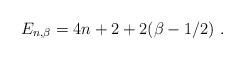
LaTeX: \begin{align*}E_{n,\beta} = 4n + 2 + 2 (\beta - 1/2)~. \end{align*}